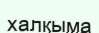
халқыма